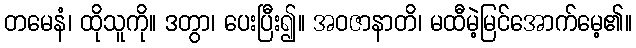
တမေနံ၊ ထိုသူကို။ ဒတွာ၊ ပေးပြီး၍။ အဝဇာနာတိ၊ မထီမဲ့မြင်အောက်မေ့၏။